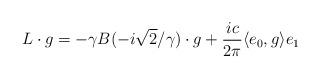
LaTeX: \begin{align*}L\cdot g = -\gamma B(-i\sqrt{2}/\gamma)\cdot g + \frac{ic}{2\pi} \langle e_0, g\rangle e_1\end{align*}